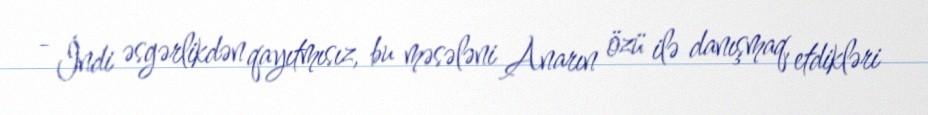
- İndi əsgərlikdən qayıtmısız, bu məsələni Anarın özü ilə danışmaq, etdikləri